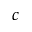
c